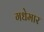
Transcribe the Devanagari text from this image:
गधेमार